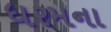
ધરમના